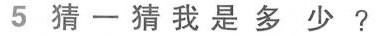
5 猜一猜我是多少?